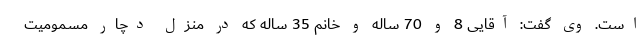
است. وی گفت: آقایی 8 و 70 ساله و خانم 35 ساله که در منزل دچار مسمومیت